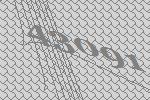
43091